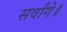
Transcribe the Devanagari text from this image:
सर्वांगे॥